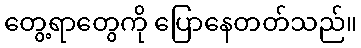
တွေ့ရာတွေကို ပြောနေတတ်သည်။